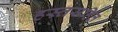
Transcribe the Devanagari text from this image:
हस्तसहित